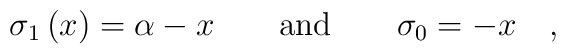
\sigma _{1}\left( x\right) =\alpha -x\qquad \hbox{and\qquad }\sigma_{0}=-x\quad ,